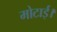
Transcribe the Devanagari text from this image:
मोटाई।